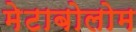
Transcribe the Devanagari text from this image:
मेटाबोलोम